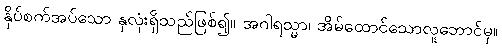
နှိပ်စက်အပ်သော နှလုံးရှိသည်ဖြစ်၍။ အဂါရသ္မာ၊ အိမ်ထောင်သောလူဘောင်မှ။